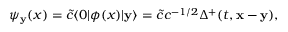
\psi _ { { \bf y } } ( x ) = \tilde { c } \langle 0 | \phi ( x ) | { \bf y } \rangle = \tilde { c } c ^ { - 1 / 2 } \Delta ^ { + } ( t , { \bf x } - { \bf y } ) ,